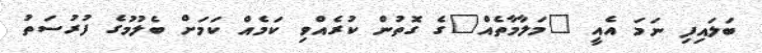
ބަލައިފި ނަމަ އެއީ "މަލާމާތެއް"ގެ ގޮތުން ކުރެއްވި ކަމެއް ކަމަށް ބެލުމުގެ ފުރުސަތު